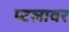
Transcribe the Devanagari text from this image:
प्टलावर